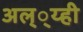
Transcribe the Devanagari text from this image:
अल््य्ही